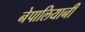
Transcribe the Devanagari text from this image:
नेपालियानी